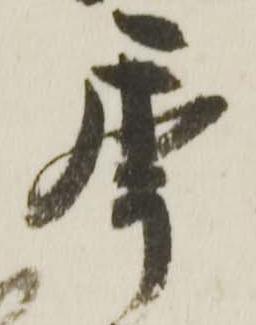
秊